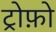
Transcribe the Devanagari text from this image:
ट्रोफ़ो